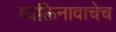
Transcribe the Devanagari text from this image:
व्यक्तिनावाचेच